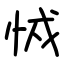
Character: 㤜